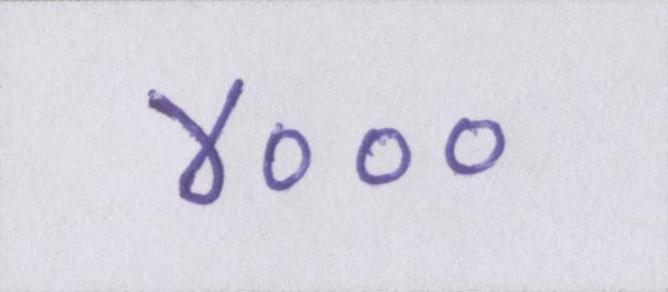
४०००